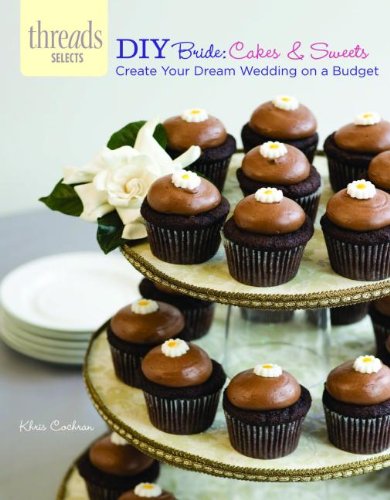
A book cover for DIY Bride: Cakes & Sweets: create your dream wedding on a budget (Threads Selects); Khris Cochran; Crafts, Hobbies & Home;